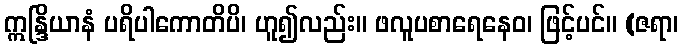
ဣန္ဒြိယာနံ ပရိပါကောတိပိ၊ ဟူ၍လည်း။ ဖလူပစာရေနေဝ၊ ဖြင့်ပင်။ (ဇရာ၊